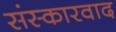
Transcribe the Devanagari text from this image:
संस्कारवाद